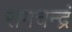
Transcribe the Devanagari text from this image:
रामचन्द्रं